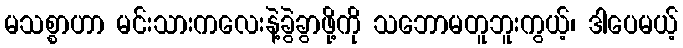
မသစ္စာဟာ မင်းသားကလေးနဲ့ခွဲခွာဖို့ကို သဘောမတူဘူးကွယ့်၊ ဒါပေမယ့်